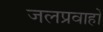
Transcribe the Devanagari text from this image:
जलप्रवाहों